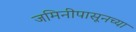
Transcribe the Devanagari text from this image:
जमिनीपासूनच्या